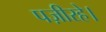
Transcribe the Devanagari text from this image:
पज़ीरहे।